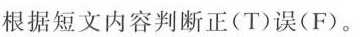
根据短文内容判断正(T)误(F).